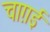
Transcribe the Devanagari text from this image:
चाग़ई